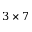
{ 3 \times 7 }